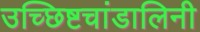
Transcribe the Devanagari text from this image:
उच्छिष्टचांडालिनी